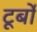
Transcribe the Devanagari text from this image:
टूर्बो